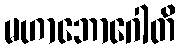
မဟာဘောဂေါတိ